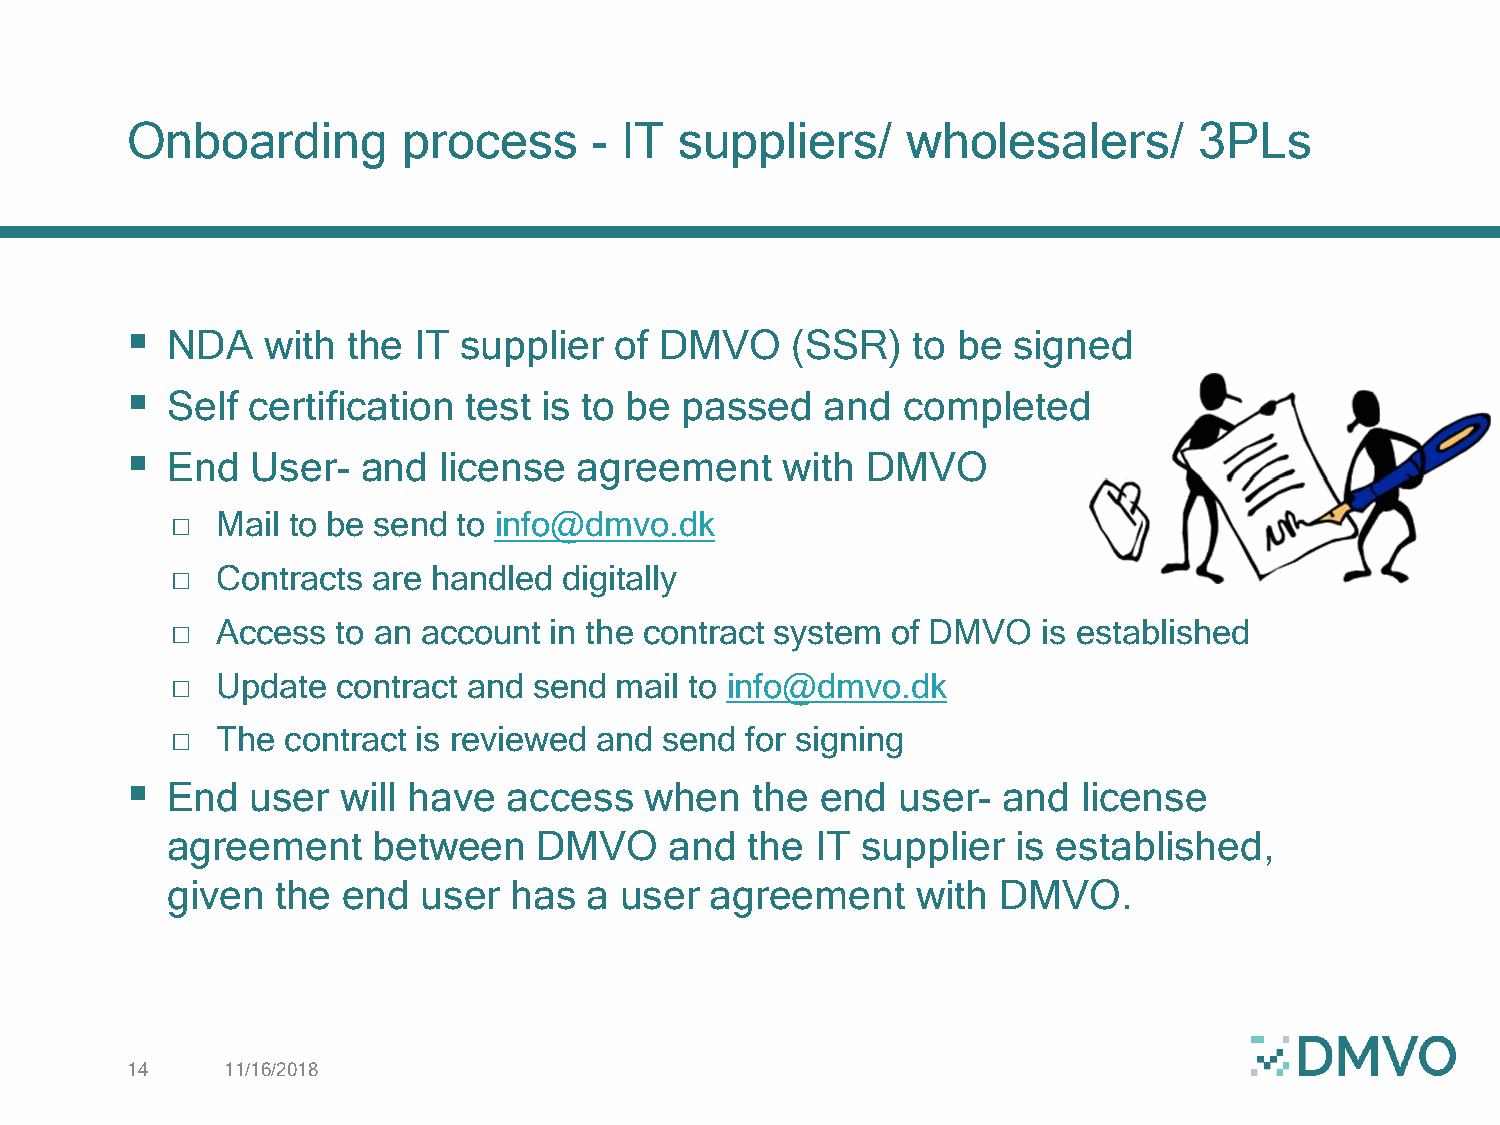
Onboarding         process     - IT  suppliers/     wholesalers/       3PLs
 
 NDA   with  the IT  supplier  of DMVO    (SSR)   to be  signed
 
 Self certification  test is to be passed    and  completed
 
 End   User-  and  license  agreement     with DMVO
 □  Mail to be send to info@dmvo.dk
 □  Contracts  are handled digitally
 □  Access  to an account in the contract system of DMVO   is established
 □  Update  contract and send  mail to info@dmvo.dk
 □  The  contract is reviewed and send for signing
 
 End   user  will have  access   when   the end   user- and   license
 agreement     between    DMVO    and   the IT supplier  is established,
 given  the  end  user  has  a user  agreement     with DMVO.
 14     11/16/2018